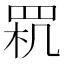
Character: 𦊵